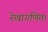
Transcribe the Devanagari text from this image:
रेखागणित।